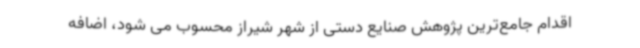
اقدام جامع‌ترین پژوهش صنایع دستی از شهر شیراز محسوب می شود، اضافه